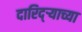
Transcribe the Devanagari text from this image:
दारिद्‌र्‍याच्या